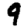
Digit: 9